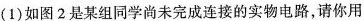
(1)如图2是某组同学尚未完成连接的实物电路，请你用